Lunatic asylums Punjab 1881-1894 - 1881-1894
Year: 1881
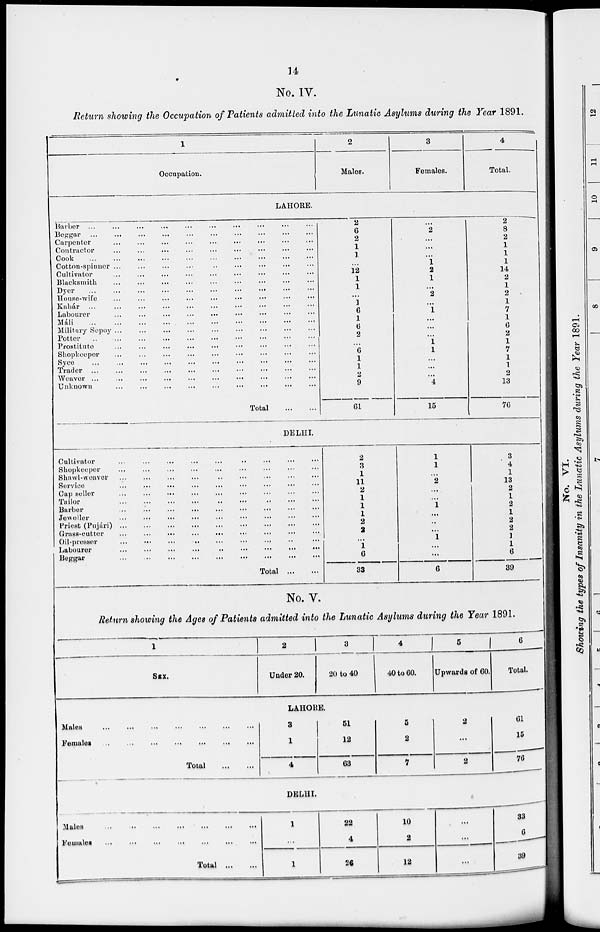
14
No. IV.
Return showing the Occupation of Patients admitted into the Lunatic Asylums during the Year 1891.
1
Occupation.
2
Males.
3
Females.
4
Total.
LAHORE.
Barber ... ... ... ... ... ... ... ... ... ... ...
Beggar
...
...
...
...
...
...
...
...
...
...
...
Carpenter ... ... ... ... ... ... ... ... ... ...
Contractor ... ... ... ... ... ... ... ... ... ...
Cook
...
...
...
...
...
...
...
...
...
...
...
Cotton-spinner ... ... ... ... ... ... ... ... ... ...
Cultivator ... ... ... ... ... ... ... ... ... ...
Blacksmith ... ... ... ... ... ... ... ... ... ...
Dyer
...
...
...
...
...
...
...
...
...
...
...
House-wife ... ... ... ... ... ... ... ... ... ...
Kahár ... ... ... ... ... ... ... ... ... ... ...
Labourer ... ... ... ... ... ... ... ... ... ...
Máli
...
...
...
...
...
...
...
...
...
...
...
Military Sepoy ... ... ... ... ... ... ... ... ... ...
Potter
...
...
...
...
...
...
...
...
...
...
...
Prostitute ... ... ... ... ... ... ... ... ... ...
Shopkeeper ... ... ... ... ... ... ... ... ... ...
Syce ... ... ... ... ... ... ... ... ... ... ...
Trader ... ... ... ... ... ... ... ... ... ... ...
Weaver ... ... ... ... ... ... ... ... ... ... ...
Unknown
...
...
...
...
...
...
...
...
...
...
Total
...
...
2
6
2
1
1
...
12
1
1
...
1
6
1
6
2
...
6
1
1
2
9
61
...
2
...
...
...
1
2
1
...
2
...
1
...
...
...
1
1
...
...
...
4
15
2
8
2
1
1
1
14
2
1
2
1
7
1
6
2
1
7
1
1
2
13
76
DELHI.
Cultivator ... ... ... ... ... ... ... ... ... ...
Shopkeeper ... ... ... ... ... ... ... ... ... ...
Shawl-weaver ... ... ... ... ... ... ... ... ...
Service ... ... ... ... ... ... ... ... ... ...
Cap seller ... ... ... ... ... ... ... ... ... ...
Tailor
...
...
...
...
...
...
...
...
...
...
Barber ... ... ... ... ... ... ... ... ... ...
Jeweller
...
...
...
...
...
...
...
...
...
...
Priest (Pujári)
...
...
...
...
...
...
...
...
...
Grass-cutter ... ... ... ... ... ... ... ... ...
Oil-presser
...
...
...
...
...
...
...
...
...
Labourer
...
...
...
...
...
...
...
...
...
Beggar
...
...
...
...
...
...
...
...
...
Total
...
...
2
3
1
11
2
1
1
1
2
2
...
1
6
33
1
1
...
2
...
...
1
...
...
...
1
...
...
6
3
4
1
13
2
1
2
1
2
2
1
1
6
39
No. V.
Return showing the Ages of Patients admitted into the Lunatic Asylums during the Year 1891.
1
SEX.
2
Under 20.
3
20 to 40
4
40 to 60.
5
Upwards of 60.
6
Total.
LAHORE.
Males ... ... ... ... ... ... ...
Females
...
...
...
...
...
...
...
Total
...
...
3
1
4
51
12
63
5
2
7
2
...
2
61
15
76
DELHI.
Males
...
...
...
...
...
...
...
Females
...
...
...
...
...
...
...
Total
...
...
1
...
1
22
4
26
10
2
12
...
...
...
33
6
39